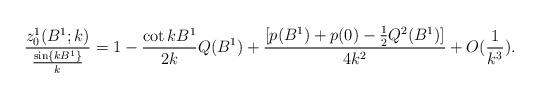
LaTeX: \begin{align*}\frac{z_0^1(B^1;k)}{\frac{\sin\{kB^1\}}{k}}=1-\frac{\cot k B^1}{2k}Q(B^1)+\frac{[p(B^1)+p(0)-\frac{1}{2}Q^2(B^1)]}{4k^2}+O(\frac{1}{k^3}).\end{align*}